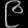
Digit: ၉